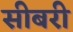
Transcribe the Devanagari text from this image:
सीबरी